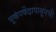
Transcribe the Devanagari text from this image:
भूकंपकेंद्रापासूनची